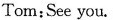
Tom:See you.